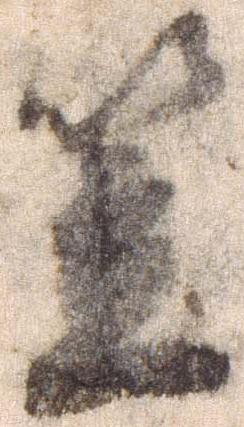
笠